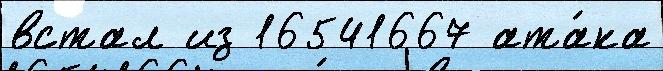
встал из 16541667 ата́ка